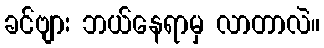
ခင်ဗျား ဘယ်နေရာမှ လာတာလဲ။